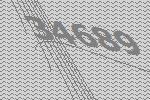
34689